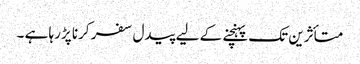
متأثرین تک پہنچنے کے لیے پیدل سفر کرنا پڑرہا ہے ۔